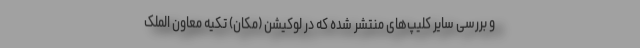
و بررسی سایر کلیپ‌های منتشر شده که در لوکیشن (مکان) تکیه معاون الملک